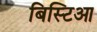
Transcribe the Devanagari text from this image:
बिस्टिआ